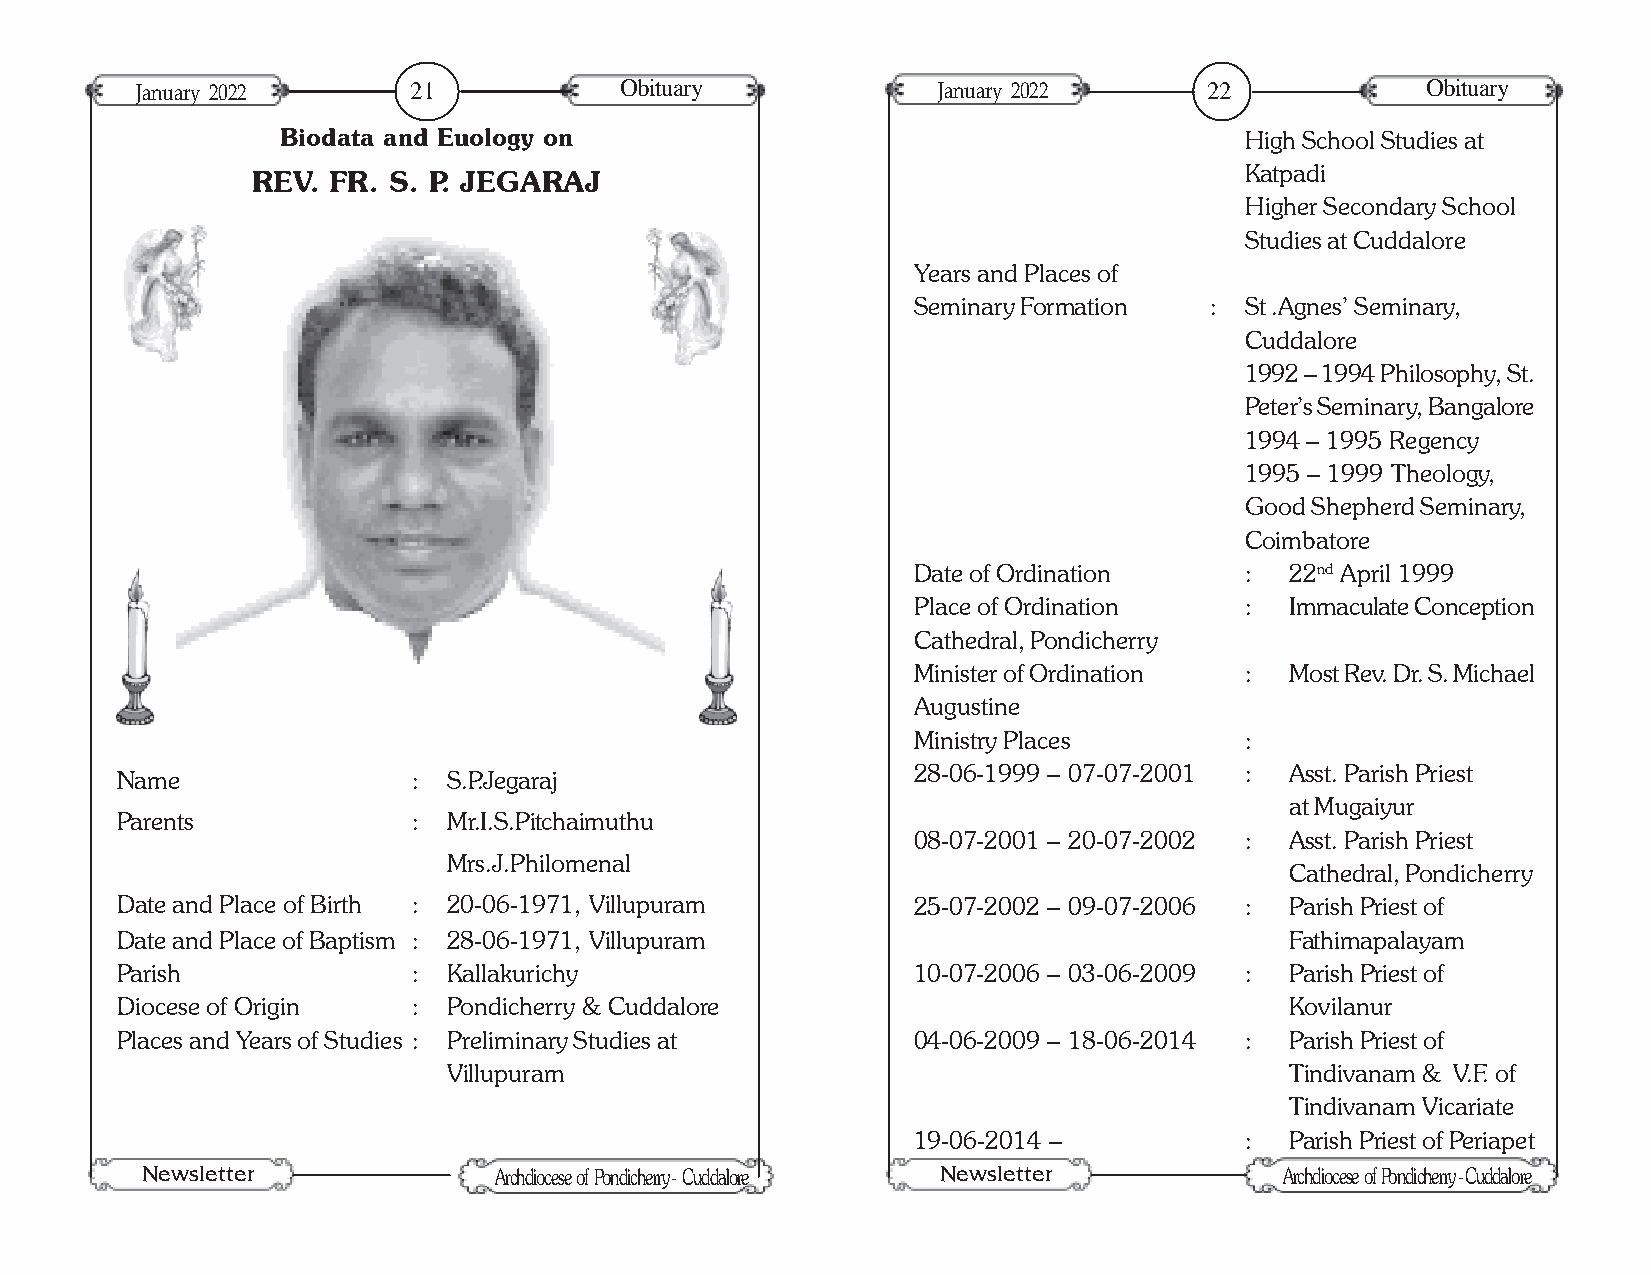
January 2022      21            Obituary             January 2022      22            Obituary
 Biodata and Euology on                                         High School Studies at
 Katpadi
 REV. FR. S. P. JEGARAJ
 Higher Secondary School
 Studies at Cuddalore
 Years and Places of
 Seminary Formation  : St .Agnes’ Seminary,
 Cuddalore
 1992 – 1994 Philosophy, St.
 Peter’s Seminary, Bangalore
 1994 – 1995 Regency
 1995 – 1999 Theology,
 Good Shepherd Seminary,
 Coimbatore
 Date of Ordination    :  22nd April 1999
 Place of Ordination   :  Immaculate Conception
 Cathedral, Pondicherry
 Minister of Ordination : Most Rev. Dr. S. Michael
 Augustine
 Ministry Places       :
 28-06-1999 – 07-07-2001 : Asst. Parish Priest
 Name               :  S.P.Jegaraj
 at Mugaiyur
 Parents            :  Mr.I.S.Pitchaimuthu
 08-07-2001 – 20-07-2002 : Asst. Parish Priest
 Mrs.J.Philomenal
 Cathedral, Pondicherry
 Date and Place of Birth : 20-06-1971, Villupuram    25-07-2002 – 09-07-2006 : Parish Priest of
 Date and Place of Baptism : 28-06-1971, Villupuram                           Fathimapalayam
 Parish             :  Kallakurichy                  10-07-2006 – 03-06-2009 : Parish Priest of
 Diocese of Origin  :  Pondicherry & Cuddalore                                Kovilanur
 Places and Years of Studies : Preliminary Studies at 04-06-2009 – 18-06-2014 : Parish Priest of
 Villupuram                                             Tindivanam & V.F. of
 Tindivanam Vicariate
 19-06-2014 –          :  Parish Priest of Periapet
 Newsletter                                           Newsletter
 Archdiocese of Pondicherry - Cuddalore              Archdiocese of Pondicherry - Cuddalore